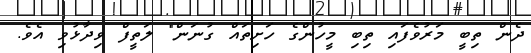
ދެން ތިބީ މަރުވެފައި ތިބި މީހުންގެ ހަށިތައް ގުނަން" ލަތީފް ވިދާޅުވި އެވެ.